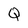
Character: Q